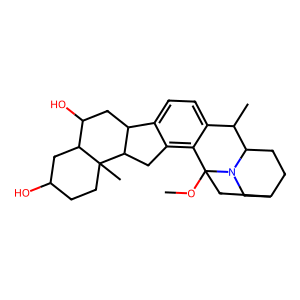
SMILES: COC12CC3CCC(C(C)c4ccc5c(c41)CC1C5CC(O)C4CC(O)CCC41C)N2C3
Inhibits HIV replication: No